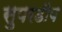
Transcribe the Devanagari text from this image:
सुपरडीप